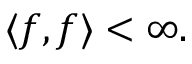
\langle f , f \rangle < \infty .